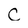
Character: C